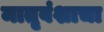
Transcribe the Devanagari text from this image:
मातृवंशाचा